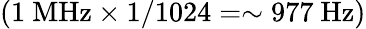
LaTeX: (1~\mathrm{MHz}\times 1/1024=\sim 977~\mathrm{Hz})